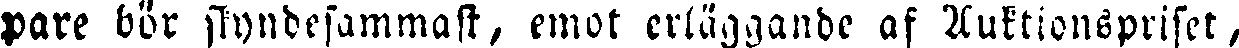
pare bör siyndesammast, emot erläggande af Auktionspriset,